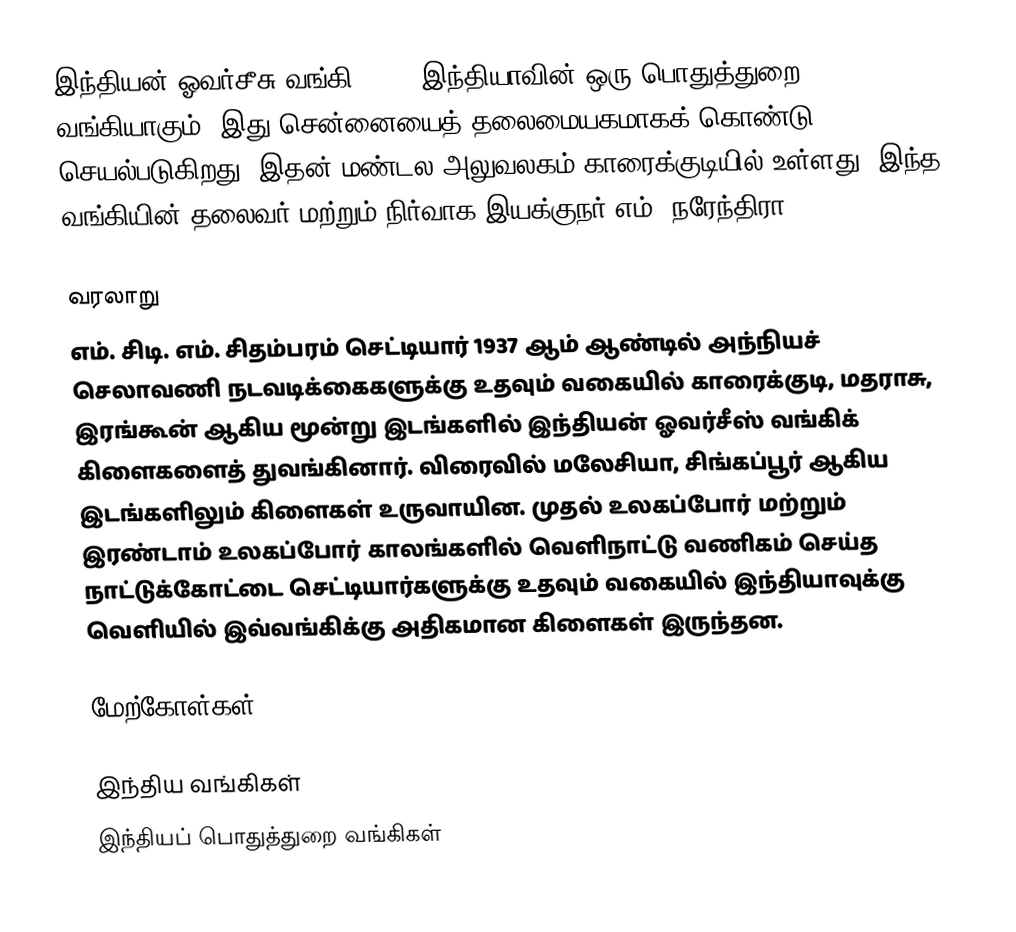
இந்தியன் ஓவர்சீசு வங்கி () () இந்தியாவின் ஒரு பொதுத்துறை வங்கியாகும். இது சென்னையைத் தலைமையகமாகக் கொண்டு செயல்படுகிறது. இதன் மண்டல அலுவலகம் காரைக்குடியில் உள்ளது. இந்த வங்கியின் தலைவர் மற்றும் நிர்வாக இயக்குநர் எம். நரேந்திரா.

வரலாறு
எம். சிடி. எம். சிதம்பரம் செட்டியார் 1937 ஆம் ஆண்டில் அந்நியச் செலாவணி நடவடிக்கைகளுக்கு உதவும் வகையில் காரைக்குடி, மதராசு, இரங்கூன் ஆகிய மூன்று இடங்களில் இந்தியன் ஓவர்சீஸ் வங்கிக் கிளைகளைத் துவங்கினார். விரைவில் மலேசியா, சிங்கப்பூர் ஆகிய இடங்களிலும் கிளைகள் உருவாயின. முதல் உலகப்போர் மற்றும் இரண்டாம் உலகப்போர் காலங்களில் வெளிநாட்டு வணிகம் செய்த  நாட்டுக்கோட்டை செட்டியார்களுக்கு உதவும் வகையில் இந்தியாவுக்கு வெளியில் இவ்வங்கிக்கு அதிகமான கிளைகள் இருந்தன.

மேற்கோள்கள்

இந்திய வங்கிகள்
இந்தியப் பொதுத்துறை வங்கிகள்